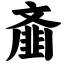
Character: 齑